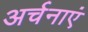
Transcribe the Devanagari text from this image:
अर्चनाएं